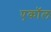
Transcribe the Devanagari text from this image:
एकॉल